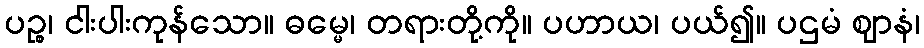
ပဉ္စ၊ ငါးပါးကုန်သော။ ဓမ္မေ၊ တရားတို့ကို။ ပဟာယ၊ ပယ်၍။ ပဌမံ ဈာနံ၊